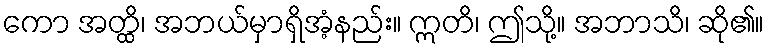
ကော အတ္ထိ၊ အဘယ်မှာရှိအံ့နည်း။ ဣတိ၊ ဤသို့။ အဘာသိ၊ ဆို၏။